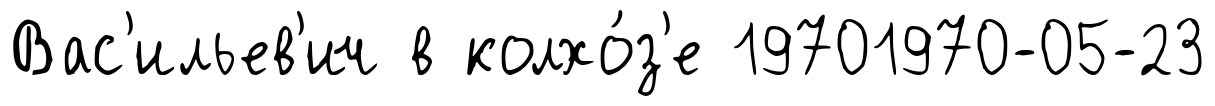
Вас'ильев'ич в колхо́з'е 19701970-05-23